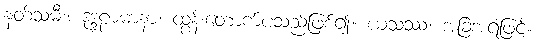
နတ်သမီး။ ဒုဒ္ဒဠာမာနာ၊ ထွန်းတောက်ပသည်ဖြစ်၍။ ယသဿ၊ အခြံအရံဖြင့်။